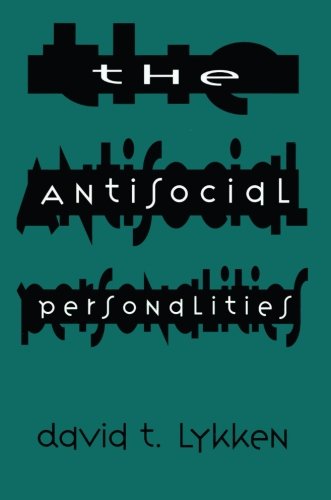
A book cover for The Antisocial Personalities; David T. Lykken; Health, Fitness & Dieting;